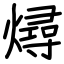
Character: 燖